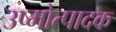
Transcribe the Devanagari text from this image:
उष्मोत्पादक